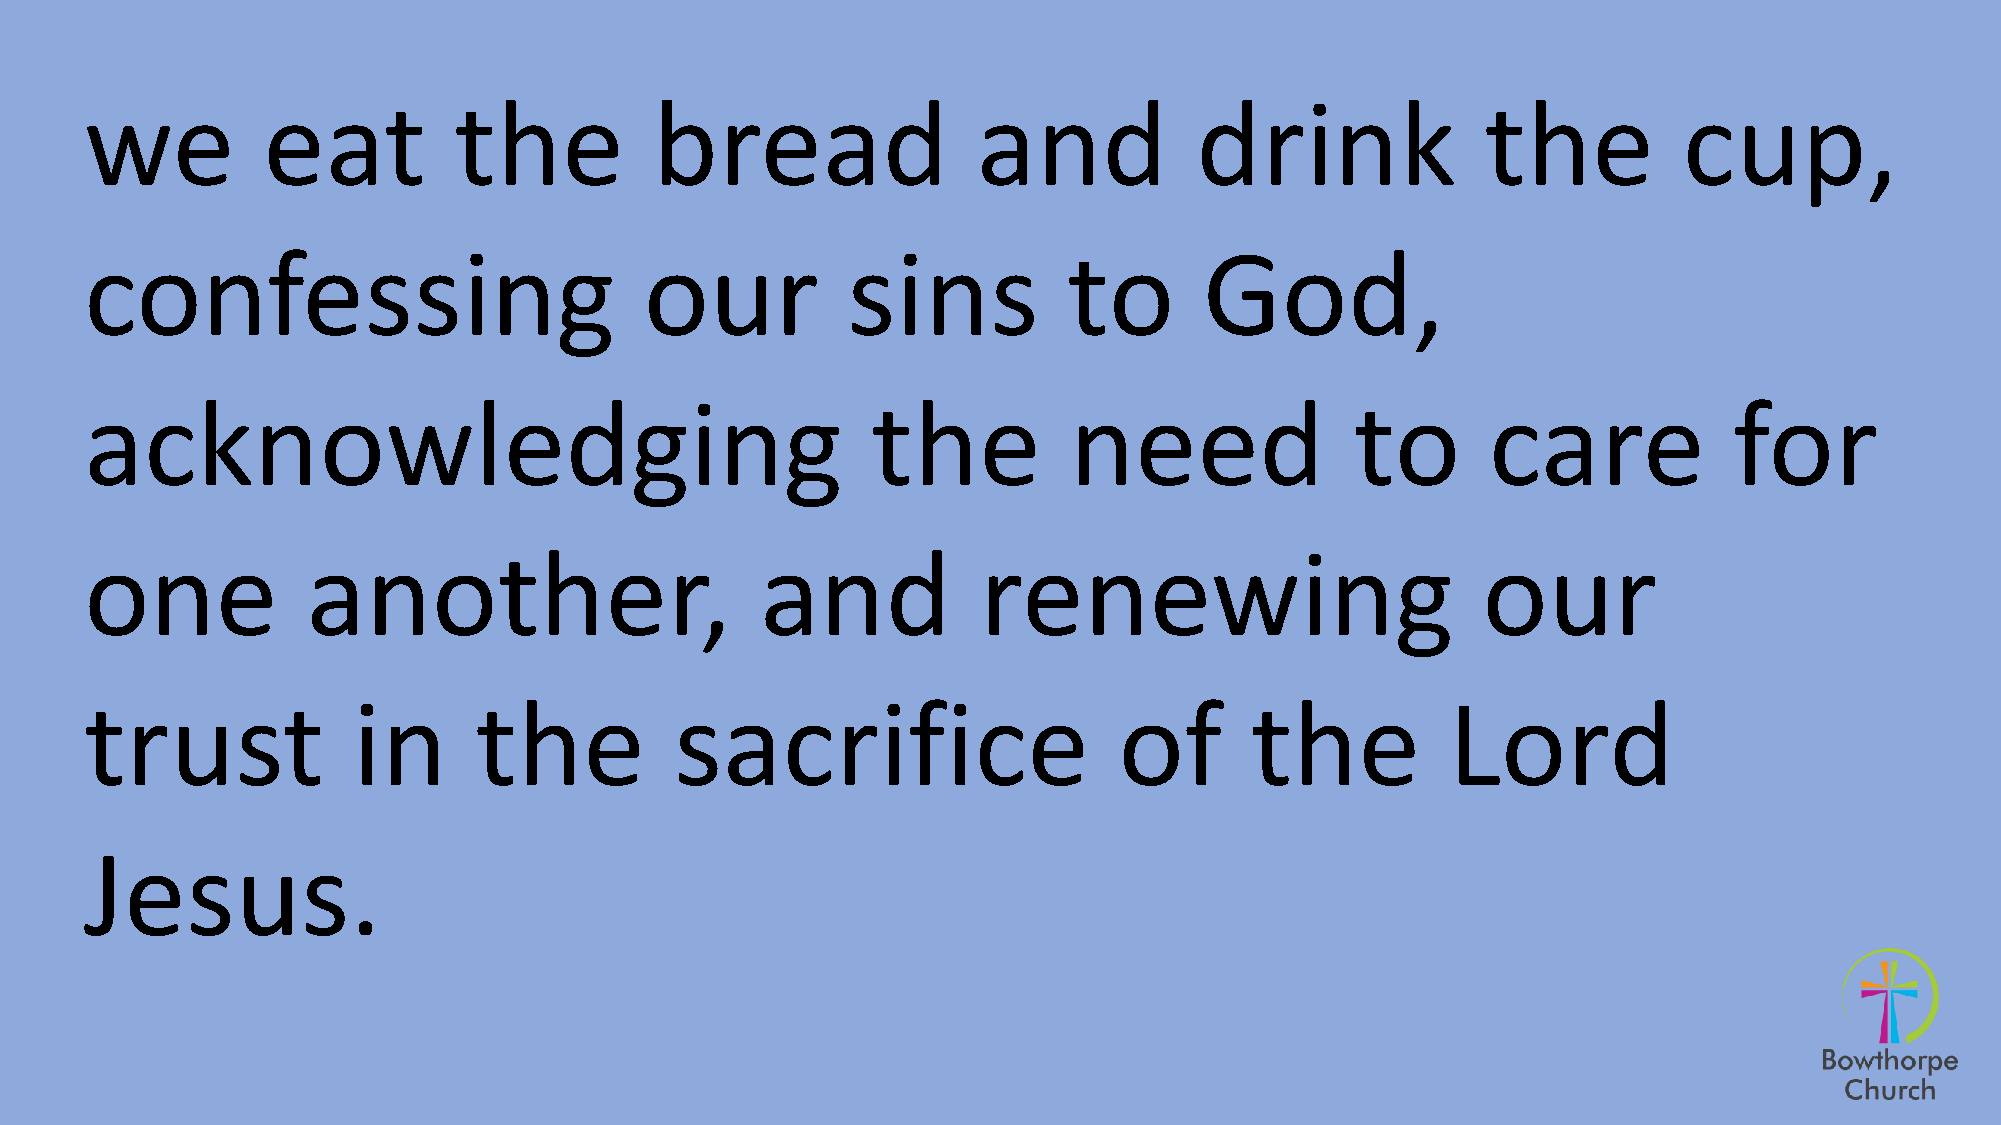
we         eat          the          bread                 and           drink              the          cup,
 confessing                           our          sins           to       God,
 acknowledging                                       the          need               to       care            for
 one           another,                      and            renewing                         our
 trust            in      the           sacrifice                    of       the          Lord
 Jesus.